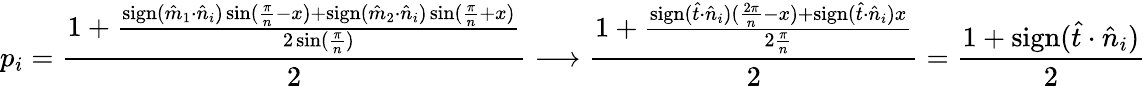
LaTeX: p_{i}=\frac{1+\frac{\mathrm{sign}(\hat{m}_{1}\cdot\hat{n}_{i})\sin(\frac{\pi}{n}-x)+\mathrm{sign}(\hat{m}_{2}\cdot\hat{n}_{i})\sin(\frac{\pi}{n}+x)}{2\sin(\frac{\pi}{n})}}{2}\longrightarrow\frac{1+\frac{\mathrm{sign}(\hat{t}\cdot\hat{n}_{i})(\frac{2\pi}{n}-x)+\mathrm{sign}(\hat{t}\cdot\hat{n}_{i})x}{2\frac{\pi}{n}}}{2}=\frac{1+\mathrm{sign}(\hat{t}\cdot\hat{n}_{i})}{2}